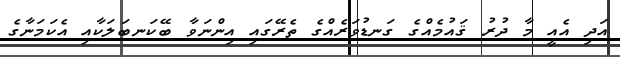
އަދި އެއީ މާ ދުރު ޤައުމެއްގެ ގަނޑުވަރެއްގެ ތެރޭގައި އިންނަވާ ބޭކަނބަލަކާއި އެކަމަނާގެ